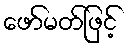
ဖော်မတ်ဖြင့်